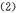
(2)